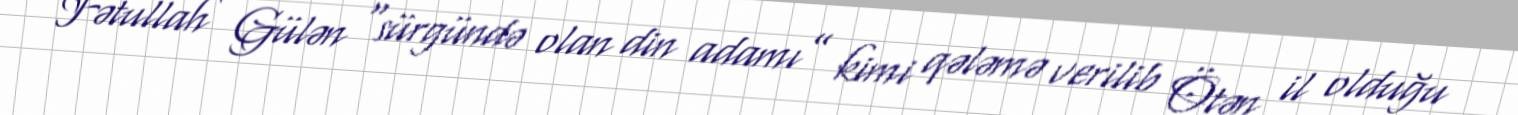
Fətullah Gülən “sürgündə olan din adamı” kimi qələmə verilib Ötən il olduğu